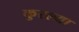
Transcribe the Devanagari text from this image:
कुरल्या